Leaving Certificate Examination, 1912
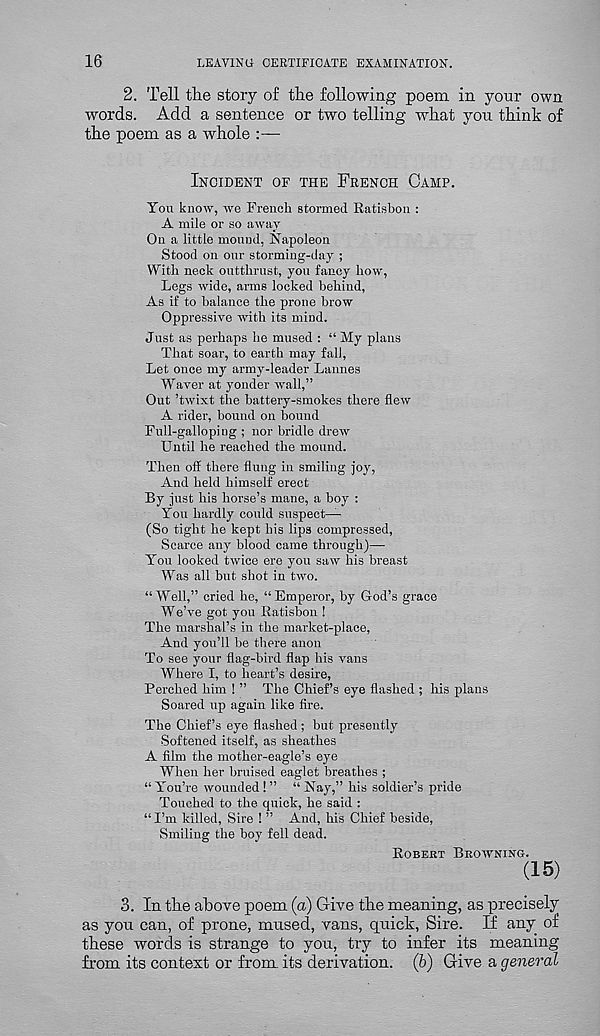
16
LEAVING CERTIFICATE EXAMINATION.
2. Tell the story of the following poem in your own
words. Add a sentence or two telling what you think of
the poem as a whole :—
INCIDENT OF THE FRENCH GAMP.
You know, we French stormed Ratisbon :
A mile or so away
On a little mound, Napoleon
Stood on our storming-day ;
With neck outthrust, you fancy how,
Legs wide, arms locked behind,
As if to balance the prone brow
Oppressive with its mind.
Just as perhaps he mused : “ My plans
That soar, to earth may fall,
Let once my army-leader Lannes
Waver at yonder wall,”
Out ’twixt the battery-smokes there flew
A rider, bound on bound
Full-galloping ; nor bridle drew
Until he reached the mound.
Then off there flung in smiling joy,
And held himself erect
By just his horse’s mane, a boy :
You hardly could suspect—
(So tight he kept his lips compressed,
Scarce any blood came through)—•
You looked twice ere you saw his breast
Was all but shot in two.
“Well,” cried he, “Emperor, by God’s grace
W eVe got you Ratisbon !
The marshal’s in the market-place,
And you’ll be there anon
To see your flag-bird flap his vans
Where I, to heart’s desire,
Perched him 1 ” The Chief’s eye flashed ; his plans
Soared up again like fire.
The Chief’s eye flashed ; but presently
Softened itself, as sheathes
A film the mother-eagle’s eye
When her bruised eaglet breathes ;
“ You’re wounded ! ” “ Nay,” his soldier’s pride
Touched to the quick, he said :
“ I’m killed. Sire 1 ” And, his Chief beside,
Smiling the boy fell dead.
ROBERT BROWNING.
(15)
3. In tlie above poem (a) Give the meaning, as precisely
as you can, of prone, mused, vans, quick, Sire. If any of
these words is strange to you, try to infer its meaning
from its context or from, its derivation. (6) Give a general